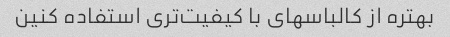
بهتره از کالباسهای با کیفیت‌تری استفاده کنین